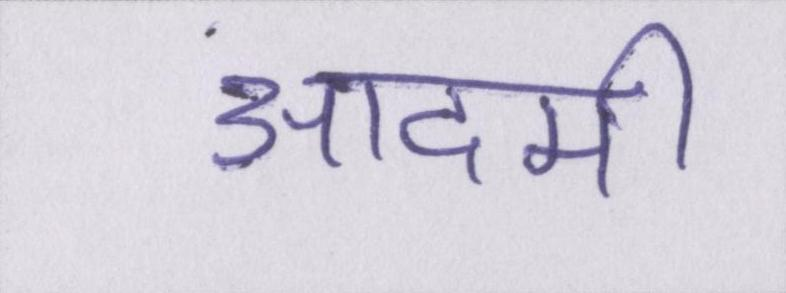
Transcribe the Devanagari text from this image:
आदमी